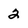
Character: 2